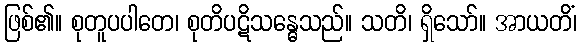
ဖြစ်၏။ စုတူပပါတေ၊ စုတိပဋိသန္ဓေသည်။ သတိ၊ ရှိသော်။ အာယတိံ၊